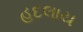
હદલાય